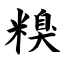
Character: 糗